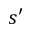
s ^ { \prime }